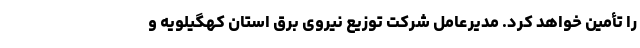
را تأمین خواهد کرد. مدیرعامل شرکت توزیع نیروی برق استان کهگیلویه و